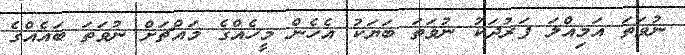
ނުވަތަ އަމިއްލަ ފަރުދަކު ނުވަތަ ބަޔަކު އެހެން މީހެއްގެ މައްޗަށް ނުވަތަ ބައެއްގެ